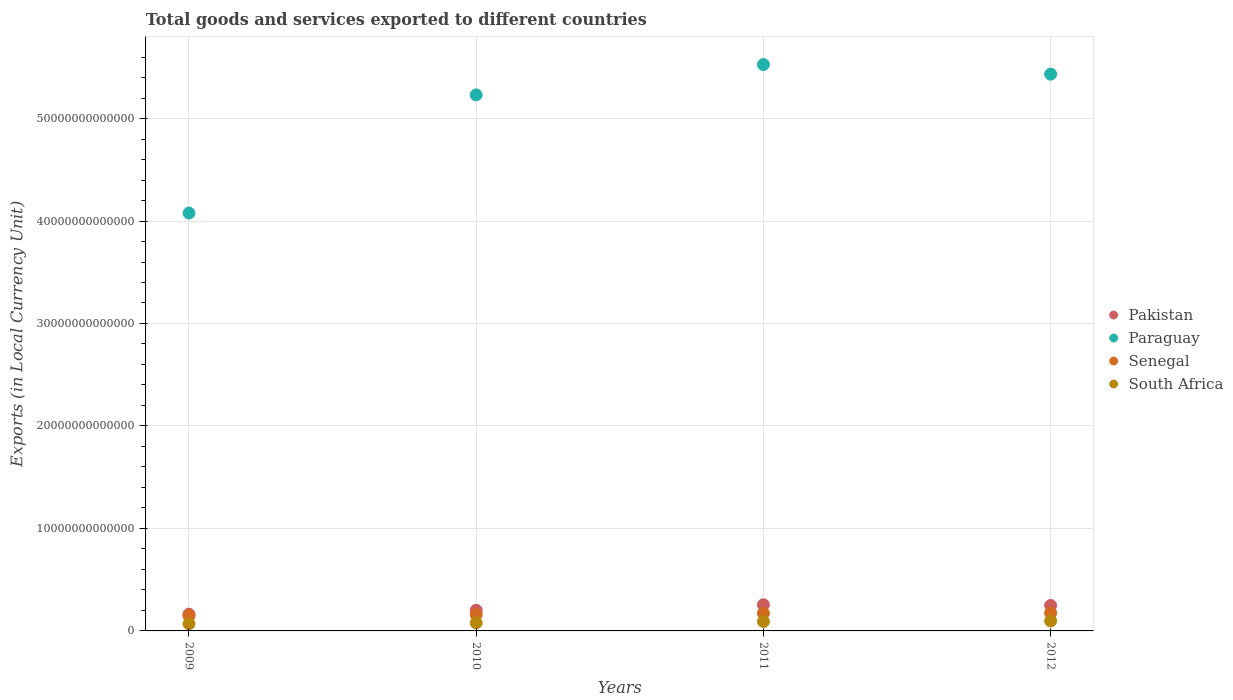
| Years | Pakistan | Paraguay | Senegal | South Africa |
 | --- | --- | --- | --- | --- |
 | 2009 | 1.64e+12 | 4.08e+13 | 1.47e+12 | 7e+11 |
 | 2010 | 2.01e+12 | 5.23e+13 | 1.59e+12 | 7.86e+11 |
 | 2011 | 2.55e+12 | 5.53e+13 | 1.71e+12 | 9.21e+11 |
 | 2012 | 2.49e+12 | 5.43e+13 | 1.74e+12 | 9.7e+11 |